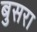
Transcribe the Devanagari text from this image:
बुसरा